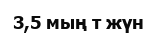
3,5 мың т жүн